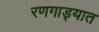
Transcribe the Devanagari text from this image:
रणगाड्यात